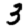
Digit: 3